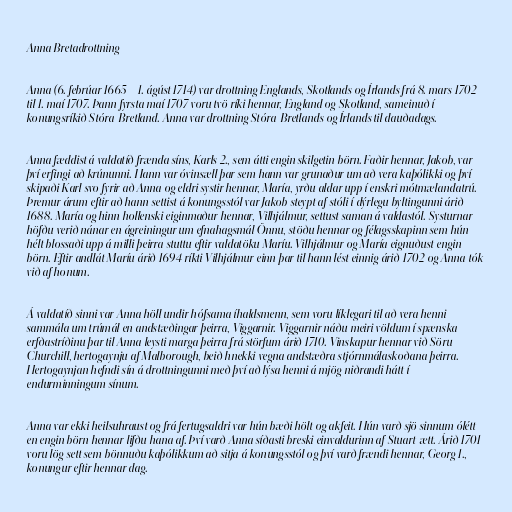
Anna Bretadrottning

Anna (6. febrúar 1665 – 1. ágúst 1714) var drottning Englands, Skotlands og Írlands frá 8. mars 1702
til 1. maí 1707. Þann fyrsta maí 1707 voru tvö ríki hennar, England og Skotland, sameinuð í
konungsríkið Stóra-Bretland. Anna var drottning Stóra-Bretlands og Írlands til dauðadags.

Anna fæddist á valdatíð frænda síns, Karls 2., sem átti engin skilgetin börn. Faðir hennar, Jakob, var
því erfingi að krúnunni. Hann var óvinsæll þar sem hann var grunaður um að vera kaþólikki og því
skipaði Karl svo fyrir að Anna og eldri systir hennar, María, yrðu aldar upp í enskri mótmælandatrú.
Þremur árum eftir að hann settist á konungsstól var Jakob steypt af stóli í dýrlegu byltingunni árið
1688. María og hinn hollenski eiginmaður hennar, Vilhjálmur, settust saman á valdastól. Systurnar
höfðu verið nánar en ágreiningur um efnahagsmál Önnu, stöðu hennar og félagsskapinn sem hún
hélt blossaði upp á milli þeirra stuttu eftir valdatöku Maríu. Vilhjálmur og María eignuðust engin
börn. Eftir andlát Maríu árið 1694 ríkti Vilhjálmur einn þar til hann lést einnig árið 1702 og Anna tók
við af honum.

Á valdatíð sinni var Anna höll undir hófsama íhaldsmenn, sem voru líklegari til að vera henni
sammála um trúmál en andstæðingar þeirra, Viggarnir. Viggarnir náðu meiri völdum í spænska
erfðastríðinu þar til Anna leysti marga þeirra frá störfum árið 1710. Vinskapur hennar við Söru
Churchill, hertogaynju af Malborough, beið hnekki vegna andstæðra stjórnmálaskoðana þeirra.
Hertogaynjan hefndi sín á drottningunni með því að lýsa henni á mjög niðrandi hátt í
endurminningum sínum.

Anna var ekki heilsuhraust og frá fertugsaldri var hún bæði hölt og akfeit. Hún varð sjö sinnum ólétt
en engin börn hennar lifðu hana af. Því varð Anna síðasti breski einvaldurinn af Stuart-ætt. Árið 1701
voru lög sett sem bönnuðu kaþólikkum að sitja á konungsstól og því varð frændi hennar, Georg 1.,
konungur eftir hennar dag.